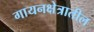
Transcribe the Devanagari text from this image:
गायनक्षेत्रातील